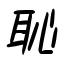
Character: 恥